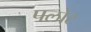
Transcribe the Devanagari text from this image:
पलोट